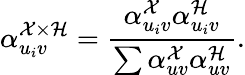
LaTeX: \alpha_{u_{i}v}^{\mathcal{X}\times\mathcal{H}}=\frac{\alpha_{u_{i}v}^{\mathcal{X}}\alpha_{u_{i}v}^{\mathcal{H}}}{\sum\alpha_{uv}^{\mathcal{X}}\alpha_{uv}^{\mathcal{H}}}.